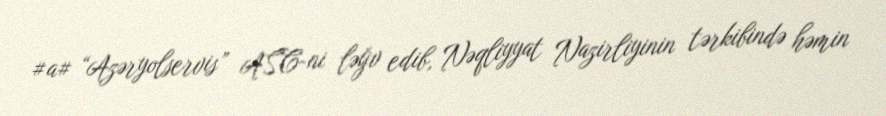
#a# “Azəryolservis” ASC-ni ləğv edib, Nəqliyyat Nazirliyinin tərkibində həmin